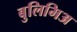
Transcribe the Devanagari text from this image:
बुलिमिअ